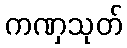
ကဏှသုတ်